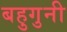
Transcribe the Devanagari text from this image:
बहुगुनी